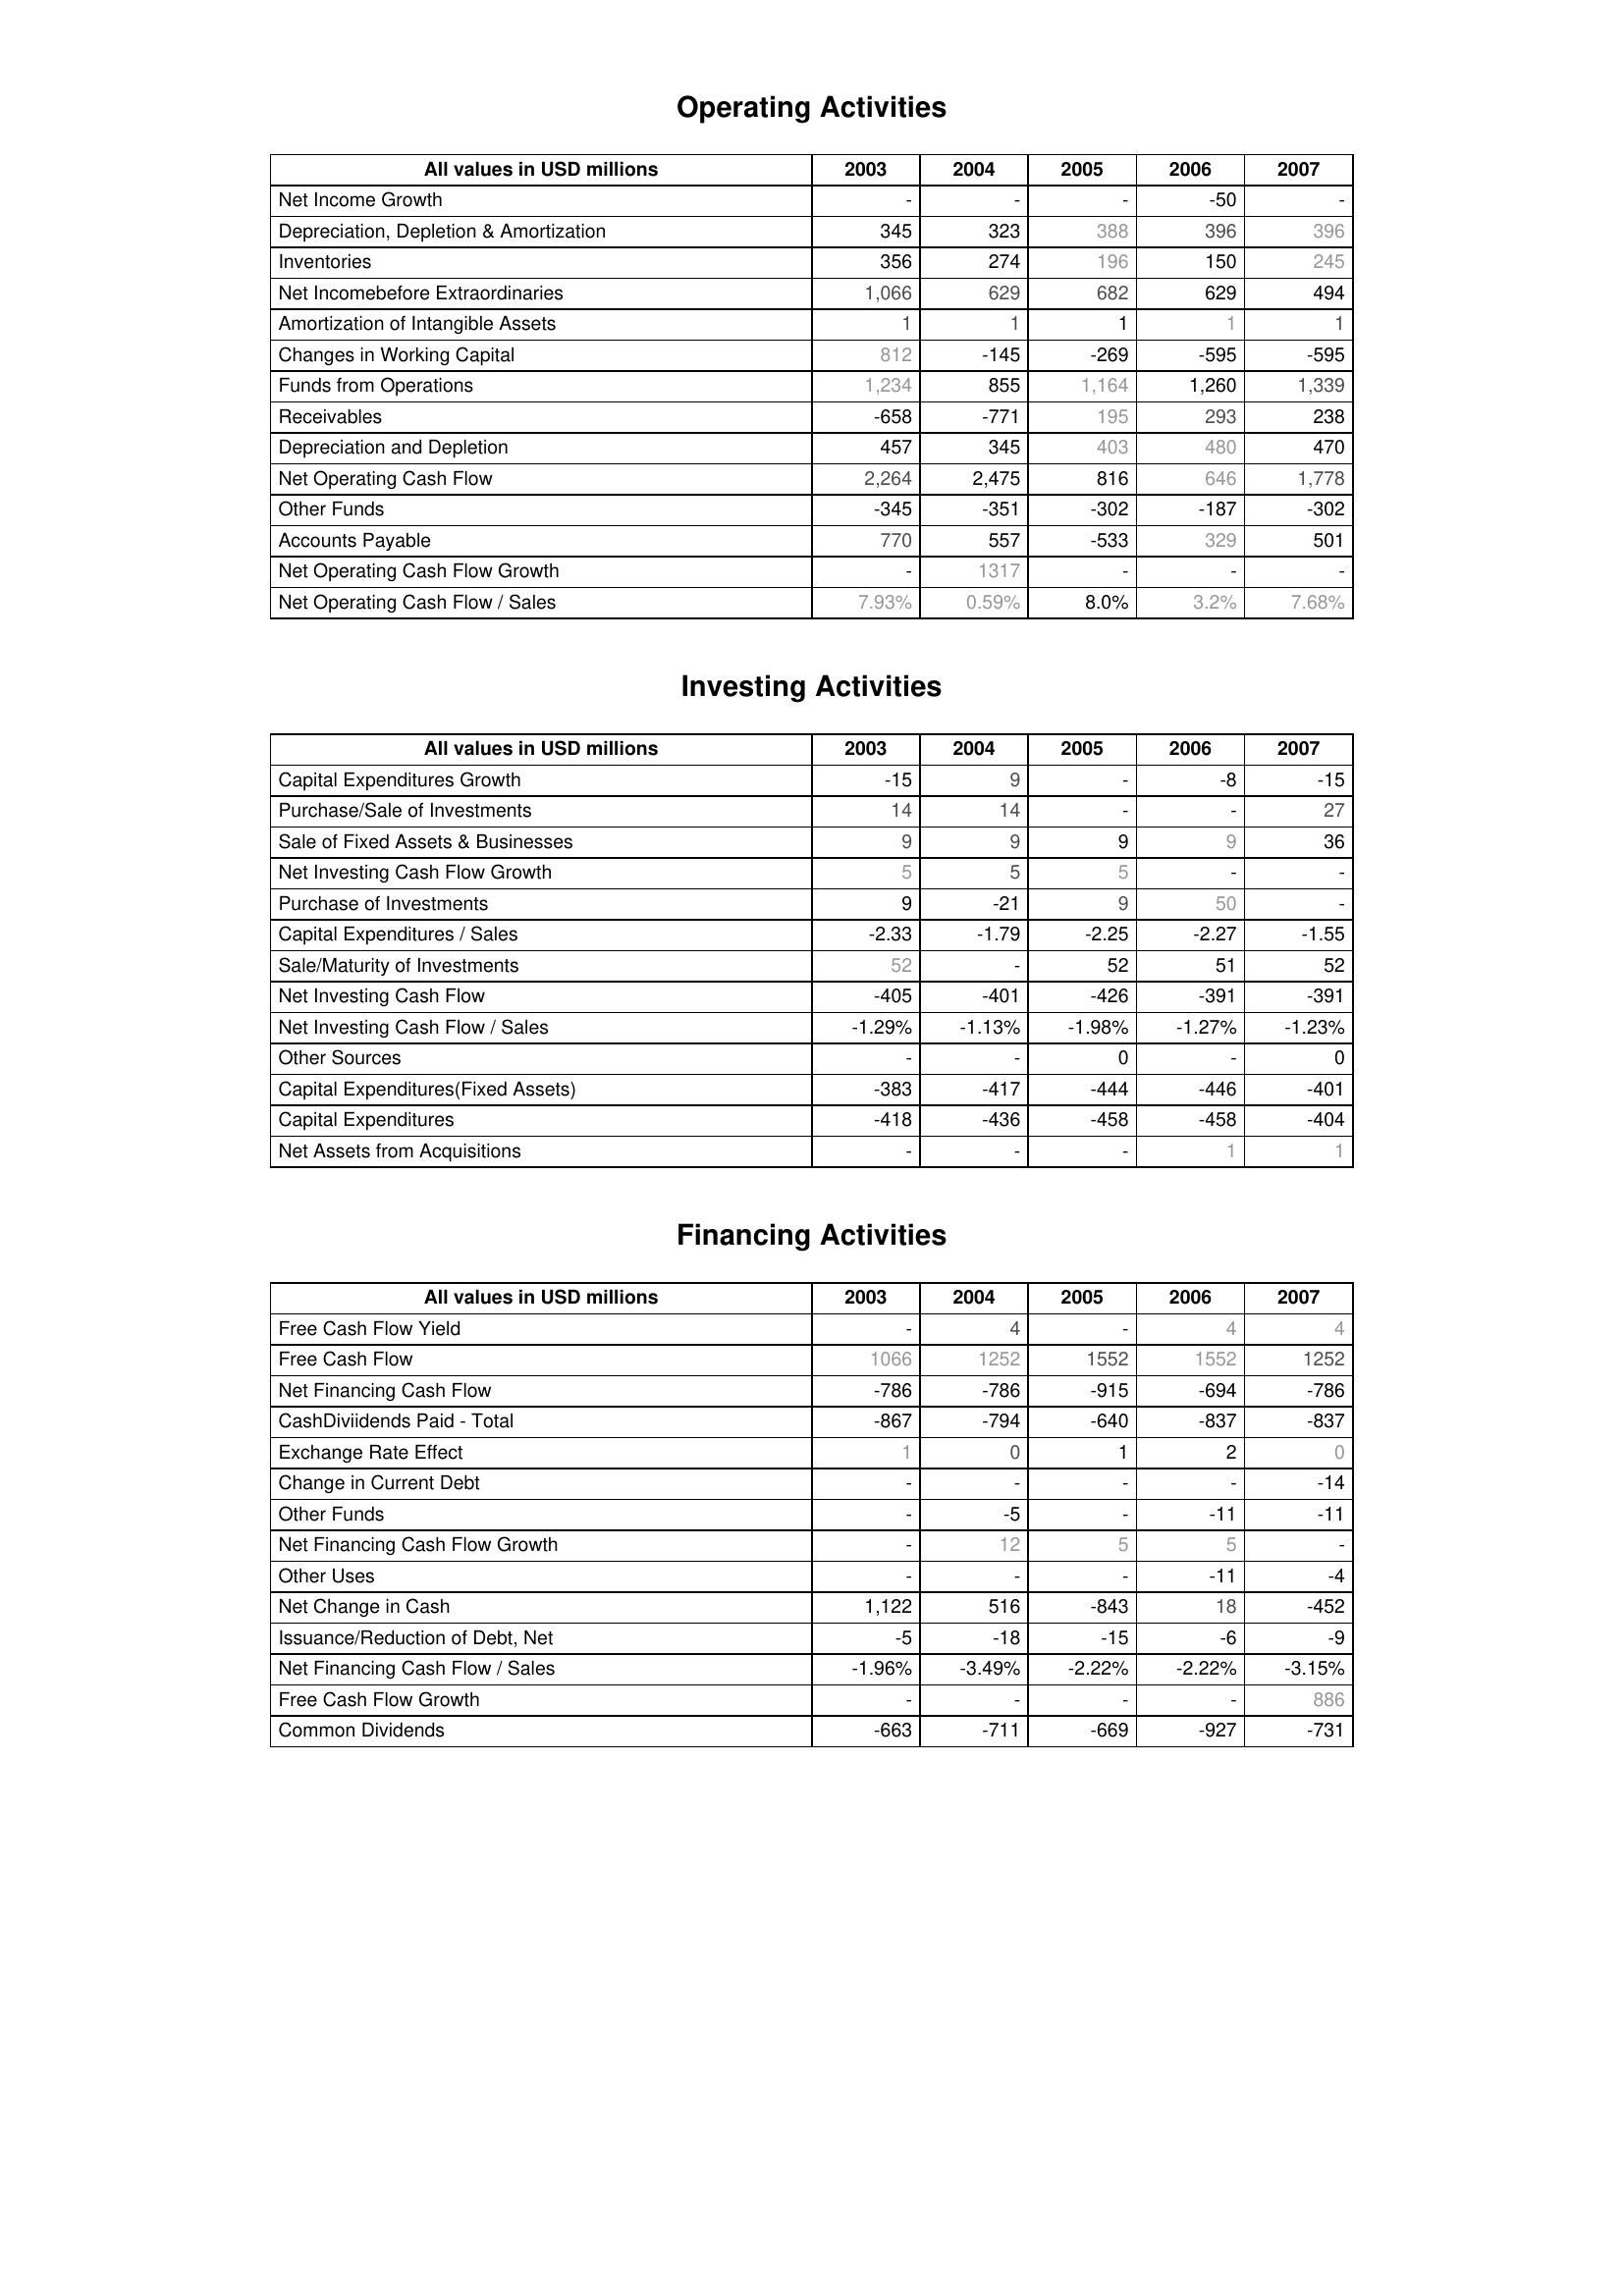
2003: Operating Activities: Net Income Growth: -
Depreciation, Depletion & Amortization: 345
Inventories: 356
Net Incomebefore Extraordinaries: 1,066
Amortization of Intangible Assets: 1
Changes in Working Capital: 812
Funds from Operations: 1,234
Receivables: -658
Depreciation and Depletion: 457
Net Operating Cash Flow: 2,264
Other Funds: -345
Accounts Payable: 770
Net Operating Cash Flow Growth: -
Net Operating Cash Flow / Sales: 7.93%
Investing Activities: Capital Expenditures Growth: -15
Purchase/Sale of Investments: 14
Sale of Fixed Assets & Businesses: 9
Net Investing Cash Flow Growth: 5
Purchase of Investments: 9
Capital Expenditures / Sales: -2.33
Sale/Maturity of Investments: 52
Net Investing Cash Flow: -405
Net Investing Cash Flow / Sales: -1.29%
Other Sources: -
Capital Expenditures(Fixed Assets): -383
Capital Expenditures: -418
Net Assets from Acquisitions: -
Financing Activities: Free Cash Flow Yield: -
Free Cash Flow: 1066
Net Financing Cash Flow: -786
CashDiviidends Paid - Total: -867
Exchange Rate Effect: 1
Change in Current Debt: -
Other Funds: -
Net Financing Cash Flow Growth: -
Other Uses: -
Net Change in Cash: 1,122
Issuance/Reduction of Debt, Net: -5
Net Financing Cash Flow / Sales: -1.96%
Free Cash Flow Growth: -
Common Dividends: -663
2004: Operating Activities: Net Income Growth: -
Depreciation, Depletion & Amortization: 323
Inventories: 274
Net Incomebefore Extraordinaries: 629
Amortization of Intangible Assets: 1
Changes in Working Capital: -145
Funds from Operations: 855
Receivables: -771
Depreciation and Depletion: 345
Net Operating Cash Flow: 2,475
Other Funds: -351
Accounts Payable: 557
Net Operating Cash Flow Growth: 1317
Net Operating Cash Flow / Sales: 0.59%
Investing Activities: Capital Expenditures Growth: 9
Purchase/Sale of Investments: 14
Sale of Fixed Assets & Businesses: 9
Net Investing Cash Flow Growth: 5
Purchase of Investments: -21
Capital Expenditures / Sales: -1.79
Sale/Maturity of Investments: -
Net Investing Cash Flow: -401
Net Investing Cash Flow / Sales: -1.13%
Other Sources: -
Capital Expenditures(Fixed Assets): -417
Capital Expenditures: -436
Net Assets from Acquisitions: -
Financing Activities: Free Cash Flow Yield: 4
Free Cash Flow: 1252
Net Financing Cash Flow: -786
CashDiviidends Paid - Total: -794
Exchange Rate Effect: 0
Change in Current Debt: -
Other Funds: -5
Net Financing Cash Flow Growth: 12
Other Uses: -
Net Change in Cash: 516
Issuance/Reduction of Debt, Net: -18
Net Financing Cash Flow / Sales: -3.49%
Free Cash Flow Growth: -
Common Dividends: -711
2005: Operating Activities: Net Income Growth: -
Depreciation, Depletion & Amortization: 388
Inventories: 196
Net Incomebefore Extraordinaries: 682
Amortization of Intangible Assets: 1
Changes in Working Capital: -269
Funds from Operations: 1,164
Receivables: 195
Depreciation and Depletion: 403
Net Operating Cash Flow: 816
Other Funds: -302
Accounts Payable: -533
Net Operating Cash Flow Growth: -
Net Operating Cash Flow / Sales: 8.0%
Investing Activities: Capital Expenditures Growth: -
Purchase/Sale of Investments: -
Sale of Fixed Assets & Businesses: 9
Net Investing Cash Flow Growth: 5
Purchase of Investments: 9
Capital Expenditures / Sales: -2.25
Sale/Maturity of Investments: 52
Net Investing Cash Flow: -426
Net Investing Cash Flow / Sales: -1.98%
Other Sources: 0
Capital Expenditures(Fixed Assets): -444
Capital Expenditures: -458
Net Assets from Acquisitions: -
Financing Activities: Free Cash Flow Yield: -
Free Cash Flow: 1552
Net Financing Cash Flow: -915
CashDiviidends Paid - Total: -640
Exchange Rate Effect: 1
Change in Current Debt: -
Other Funds: -
Net Financing Cash Flow Growth: 5
Other Uses: -
Net Change in Cash: -843
Issuance/Reduction of Debt, Net: -15
Net Financing Cash Flow / Sales: -2.22%
Free Cash Flow Growth: -
Common Dividends: -669
2006: Operating Activities: Net Income Growth: -50
Depreciation, Depletion & Amortization: 396
Inventories: 150
Net Incomebefore Extraordinaries: 629
Amortization of Intangible Assets: 1
Changes in Working Capital: -595
Funds from Operations: 1,260
Receivables: 293
Depreciation and Depletion: 480
Net Operating Cash Flow: 646
Other Funds: -187
Accounts Payable: 329
Net Operating Cash Flow Growth: -
Net Operating Cash Flow / Sales: 3.2%
Investing Activities: Capital Expenditures Growth: -8
Purchase/Sale of Investments: -
Sale of Fixed Assets & Businesses: 9
Net Investing Cash Flow Growth: -
Purchase of Investments: 50
Capital Expenditures / Sales: -2.27
Sale/Maturity of Investments: 51
Net Investing Cash Flow: -391
Net Investing Cash Flow / Sales: -1.27%
Other Sources: -
Capital Expenditures(Fixed Assets): -446
Capital Expenditures: -458
Net Assets from Acquisitions: 1
Financing Activities: Free Cash Flow Yield: 4
Free Cash Flow: 1552
Net Financing Cash Flow: -694
CashDiviidends Paid - Total: -837
Exchange Rate Effect: 2
Change in Current Debt: -
Other Funds: -11
Net Financing Cash Flow Growth: 5
Other Uses: -11
Net Change in Cash: 18
Issuance/Reduction of Debt, Net: -6
Net Financing Cash Flow / Sales: -2.22%
Free Cash Flow Growth: -
Common Dividends: -927
2007: Operating Activities: Net Income Growth: -
Depreciation, Depletion & Amortization: 396
Inventories: 245
Net Incomebefore Extraordinaries: 494
Amortization of Intangible Assets: 1
Changes in Working Capital: -595
Funds from Operations: 1,339
Receivables: 238
Depreciation and Depletion: 470
Net Operating Cash Flow: 1,778
Other Funds: -302
Accounts Payable: 501
Net Operating Cash Flow Growth: -
Net Operating Cash Flow / Sales: 7.68%
Investing Activities: Capital Expenditures Growth: -15
Purchase/Sale of Investments: 27
Sale of Fixed Assets & Businesses: 36
Net Investing Cash Flow Growth: -
Purchase of Investments: -
Capital Expenditures / Sales: -1.55
Sale/Maturity of Investments: 52
Net Investing Cash Flow: -391
Net Investing Cash Flow / Sales: -1.23%
Other Sources: 0
Capital Expenditures(Fixed Assets): -401
Capital Expenditures: -404
Net Assets from Acquisitions: 1
Financing Activities: Free Cash Flow Yield: 4
Free Cash Flow: 1252
Net Financing Cash Flow: -786
CashDiviidends Paid - Total: -837
Exchange Rate Effect: 0
Change in Current Debt: -14
Other Funds: -11
Net Financing Cash Flow Growth: -
Other Uses: -4
Net Change in Cash: -452
Issuance/Reduction of Debt, Net: -9
Net Financing Cash Flow / Sales: -3.15%
Free Cash Flow Growth: 886
Common Dividends: -731